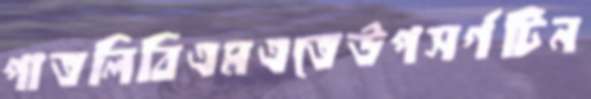
পাতলিবিএমএতেউপসর্গটিন